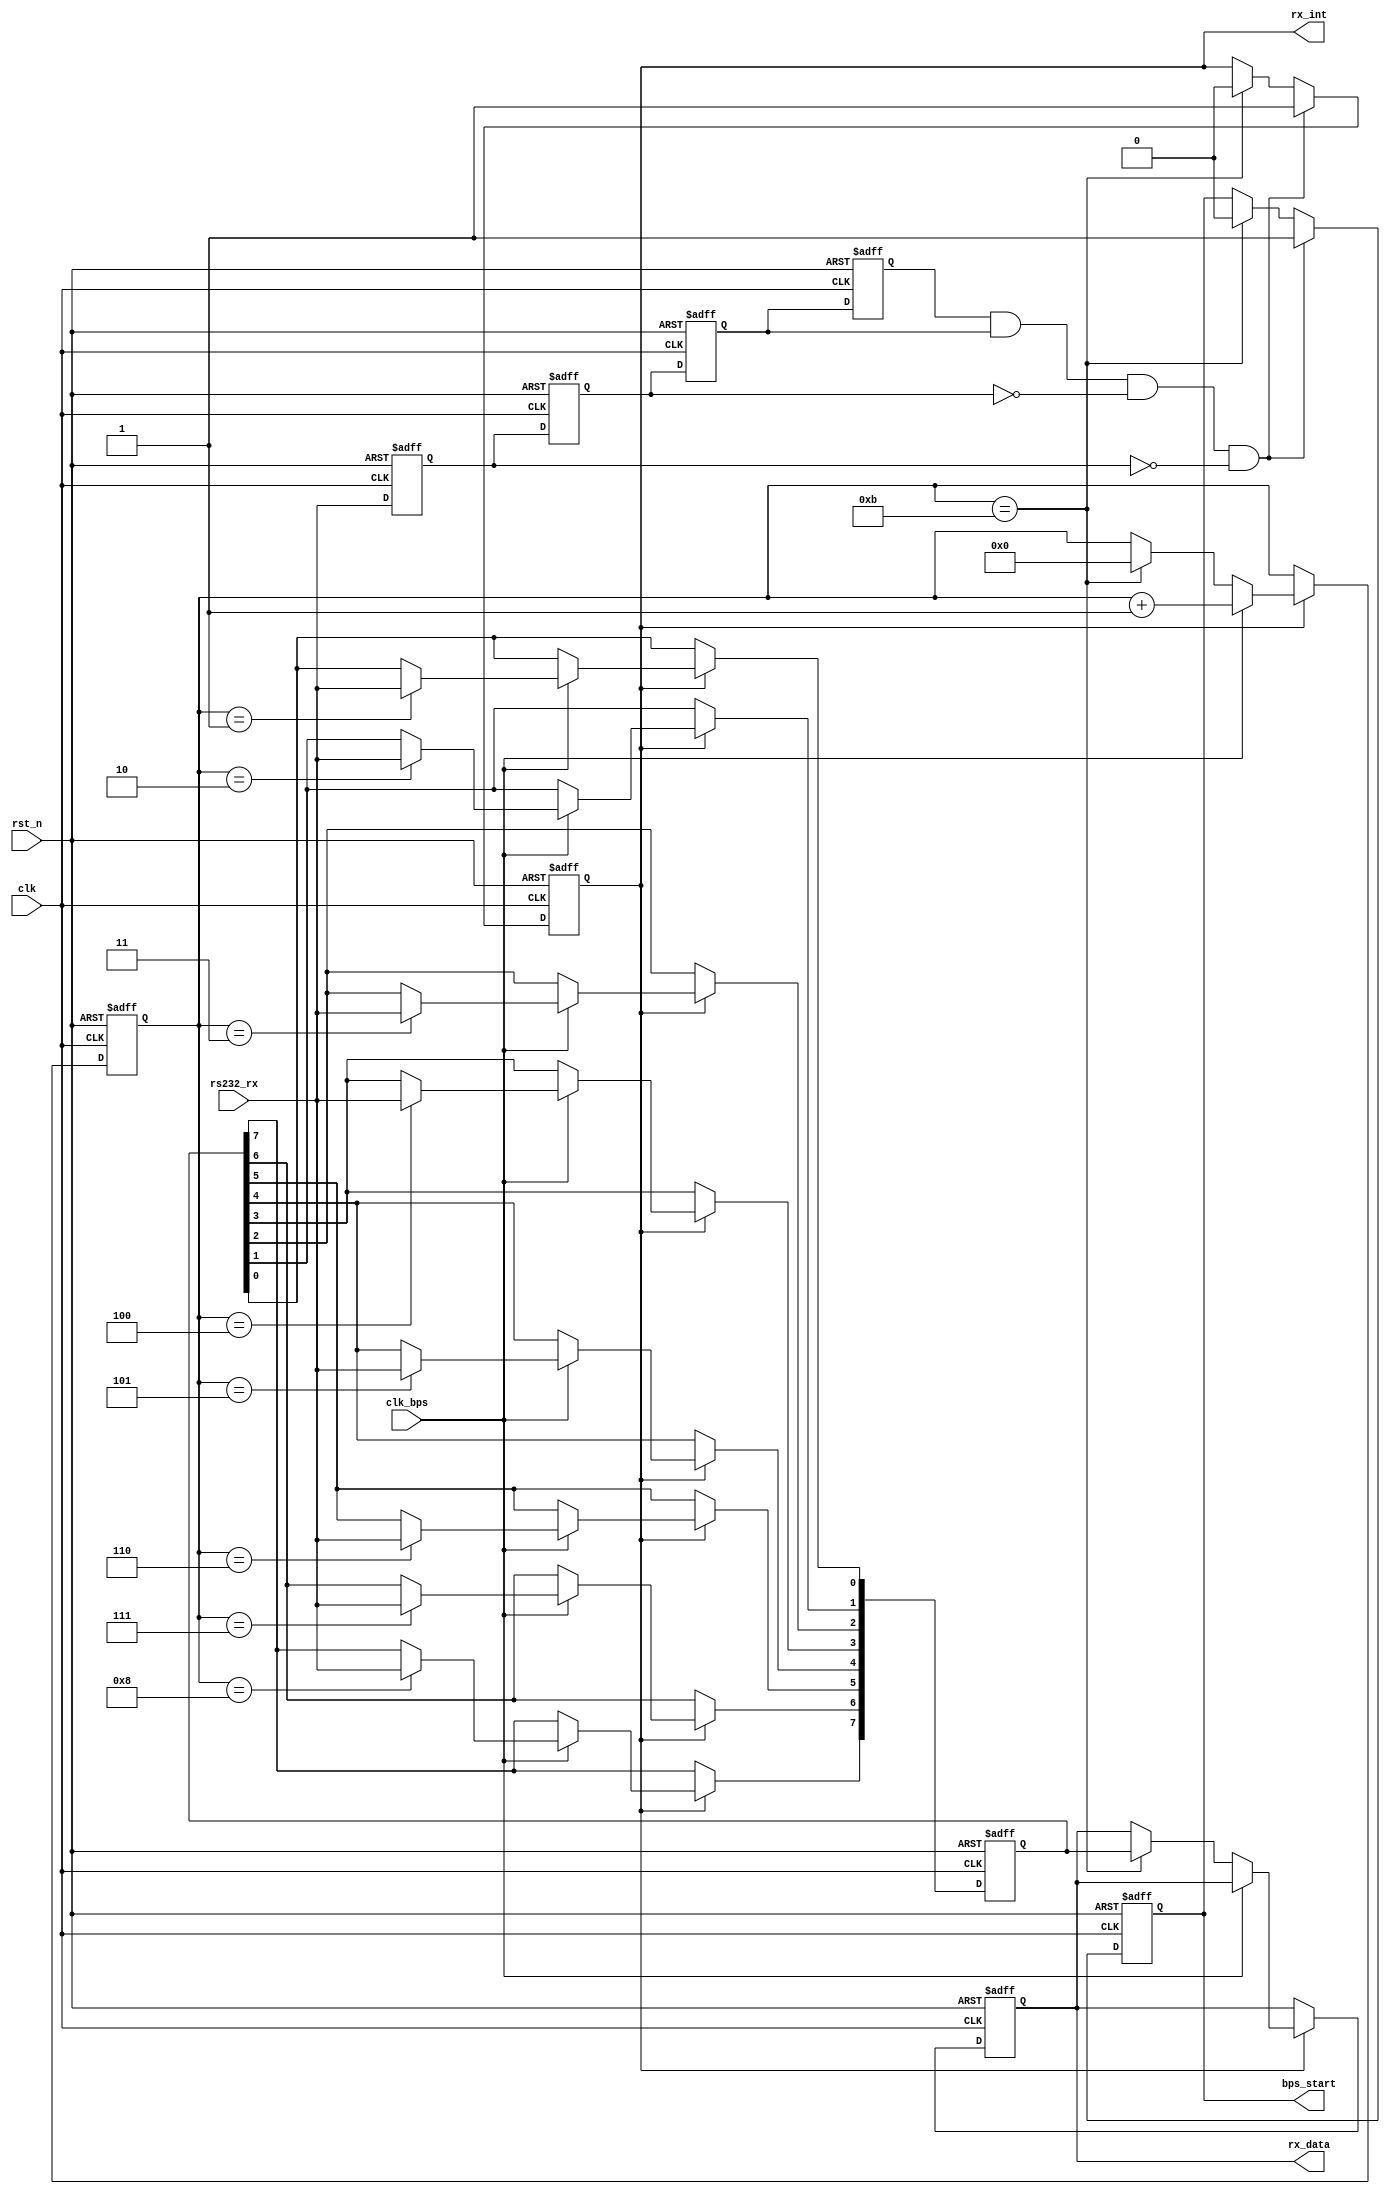
/*
** my_uart_rx.v
**
**
*/

`timescale 1ns / 1ps

module my_uart_rx( input clk, input rst_n, input rs232_rx, input clk_bps, output [7:0] rx_data, output reg rx_int, output bps_start );

		//----------------------------------------------------------------
		reg rs232_rx0, rs232_rx1, rs232_rx2, rs232_rx3; // Receber registro de dados para filtragem
		wire neg_rs232_rx;  // Indica que a linha de dados recebe uma borda de descida
	
		always @ ( posedge clk or negedge rst_n ) 
		begin
				if(!rst_n) begin
						rs232_rx0 <= 1'b0;
						rs232_rx1 <= 1'b0;
						rs232_rx2 <= 1'b0;
						rs232_rx3 <= 1'b0;
				end
			
				else begin
						rs232_rx0 <= rs232_rx;
						rs232_rx1 <= rs232_rx0;
						rs232_rx2 <= rs232_rx1;
						rs232_rx3 <= rs232_rx2;
				end
		end
	
		// A deteco de borda descendente abaixo pode filtrar falhas <20ns-40ns (falhas de pulso alto e baixo),
		// Aqui  para trocar recursos por estabilidade (desde que no sejamos to rigorosos com os requisitos de tempo, 
		//			porque o sinal de entrada foi batido algumas vezes)
		//(Eh claro que nosso sinal de pulso baixo efetivo deve ser muito maior que 40ns)
	
		// Neg_rs232_rx  definido como alto por um ciclo de clock aps receber a borda descendente
		assign neg_rs232_rx = rs232_rx3 & rs232_rx2 & ~rs232_rx1 & ~rs232_rx0;

		
	
		//----------------------------------------------------------------
		reg bps_start_r;
		reg[3:0] num;	// Nmero de turnos
		//reg rx_int;		//Recebe sinal de interrupo de dados, sempre em alto nvel durante a recepo de dados
		
		
		always @ ( posedge clk or negedge rst_n )
		begin
				if( !rst_n ) begin
						bps_start_r <= 1'bz;
						rx_int <= 1'b0;
				end
				
				else if( neg_rs232_rx ) begin // Recebeu o sinal de bandeira de borda descendente da linha de recepo da porta serial rs232_rx
						bps_start_r <= 1'b1;	// Inicie a porta serial para preparar a recepo de dados
						rx_int <= 1'b1;  // Ativar sinal de interrupo de dados
				end
				
				else if( num == 4'd11 ) begin //Informaes de dados teis recebidas
						bps_start_r <= 1'b0;  // Depois que os dados forem recebidos, solte o sinal de incio da taxa de transmisso
						rx_int <= 1'b0;       // Receber sinal de interrupo de dados desligado
				end
		end
		
		// Atribuicao do estado de 'bps_start'
		assign bps_start = bps_start_r;
		
		
		//----------------------------------------------------------------
		reg[7:0] rx_data_r;		//A porta serial recebe o registro de dados e o salva at que os prximos dados cheguem
		//----------------------------------------------------------------
		reg[7:0] rx_temp_data;	//registro de dados de recebimento atual
		
		
		always @ ( posedge clk or negedge rst_n )
		begin
				if( !rst_n ) begin
						rx_temp_data <= 8'd0;
						num <= 4'd0;
						rx_data_r <= 8'd0;
				end
				
				else if(rx_int) begin	//receber processamento de dados
						if( clk_bps ) begin	//Leia e salve dados, receba dados como um bit inicial, dados de 8 bits, 1 ou 2 bits finais
								num <= num + 1'b1;
								
								case (num)
										4'd1: rx_temp_data[0] <= rs232_rx;	//Trave o bit 0
										4'd2: rx_temp_data[1] <= rs232_rx;	//Trave o bit 1
										4'd3: rx_temp_data[2] <= rs232_rx;	//Trave o bit 2
										4'd4: rx_temp_data[3] <= rs232_rx;	//Trave o bit 3
										4'd5: rx_temp_data[4] <= rs232_rx;	//Trave o bit 4
										4'd6: rx_temp_data[5] <= rs232_rx;	//Trave o bit 5
										4'd7: rx_temp_data[6] <= rs232_rx;	//Trave o bit 6
										4'd8: rx_temp_data[7] <= rs232_rx;	//Trave o bit 7
										default: ;
								endcase
						end
						
						// Nosso modo de recebimento padro tem apenas 1+8+1(2)=11 bits de dados vlidos
						// Altere o nmero aps num neste lugar para 11. Acabou sendo 12! !
						else if(num == 4'd11) begin
								num <= 4'd0; // Terminar aps receber o bit STOP, num  apagado
								rx_data_r <= rx_temp_data;	//Trave os dados no registro de dados rx_data
						end
				end
		end
		
		// Atribuir o estado de 'rx_data'
		assign rx_data = rx_data_r;	
endmodule